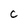
Character: C